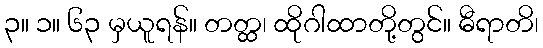
၃။ ၁။ ၆၃ မှယူရန်။ တတ္ထ၊ ထိုဂါထာတို့တွင်။ ဓီရာတိ၊